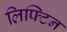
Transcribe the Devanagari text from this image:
लिफ्टिन